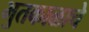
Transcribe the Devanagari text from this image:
भुतकाळाचे